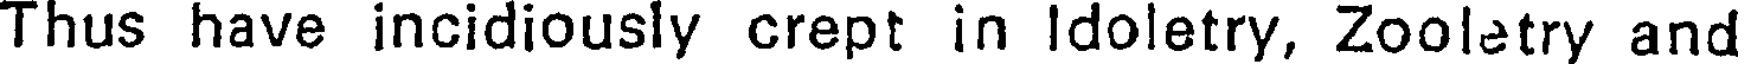
Thus have incidiously crept in Idoletry, Zooletry and